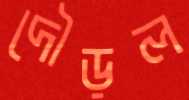
দৌড়ল